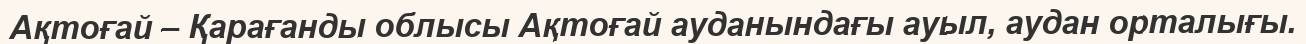
Ақтоғай – Қарағанды облысы Ақтоғай ауданындағы ауыл, аудан орталығы.